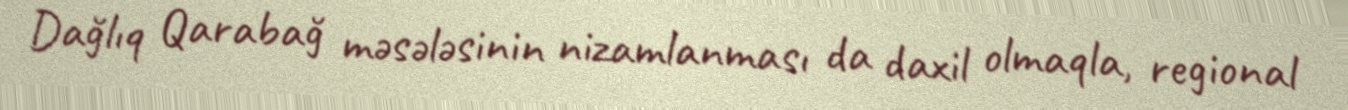
Dağlıq Qarabağ məsələsinin nizamlanması da daxil olmaqla, regional